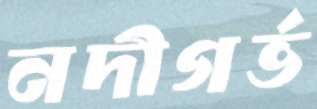
নদীগর্ভ